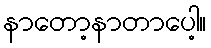
နာတော့နာတာပေါ့။